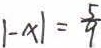
\vert - x \vert = \frac { 5 } { 9 }